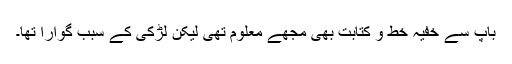
باپ سے خفیہ خط و کتابت بھی مجھے معلوم تھی لیکن لڑکی کے سبب گوارا تھا۔